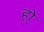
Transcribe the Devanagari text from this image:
हो्